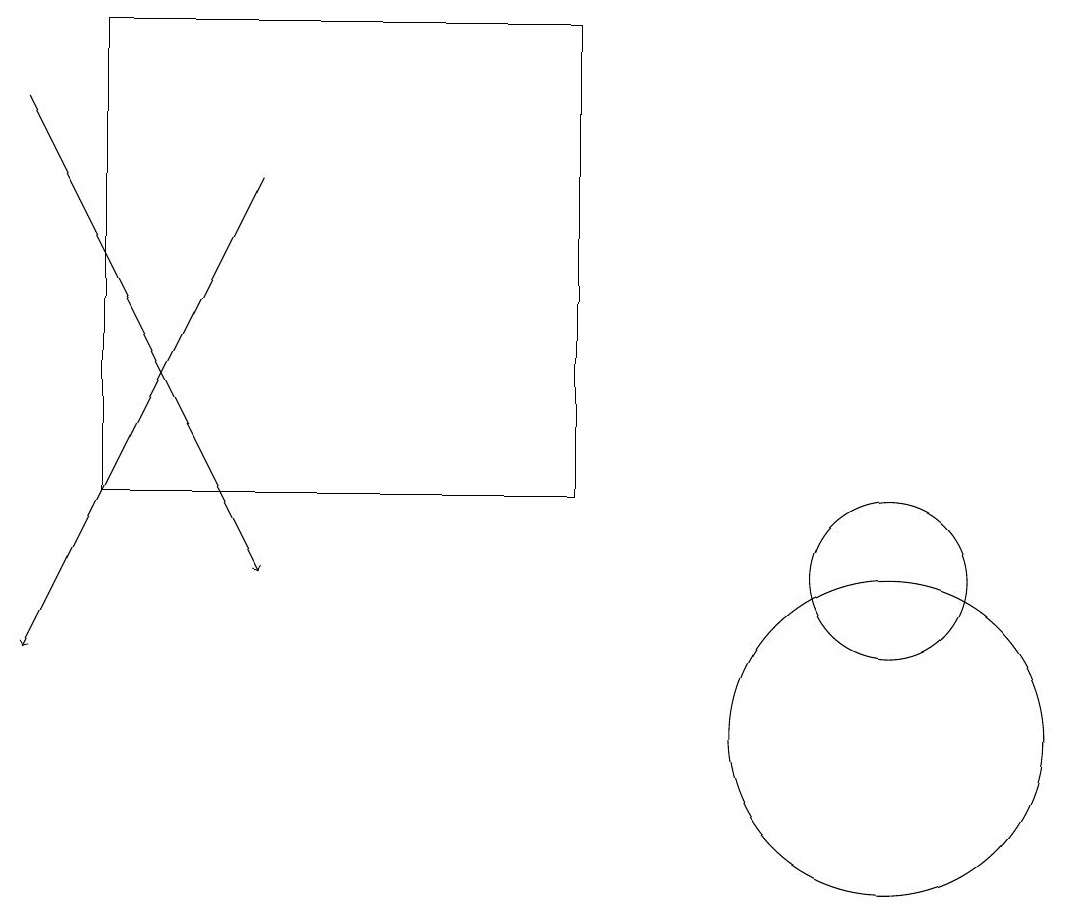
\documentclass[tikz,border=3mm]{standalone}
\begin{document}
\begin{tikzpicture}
\draw (1,19) rectangle (7,13);
\draw[->] (0,18) -- (3,12);
\draw[->] (3,17) -- (0,11);
\draw (11,10) circle (2);
\draw (11,12) circle (1);
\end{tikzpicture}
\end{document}